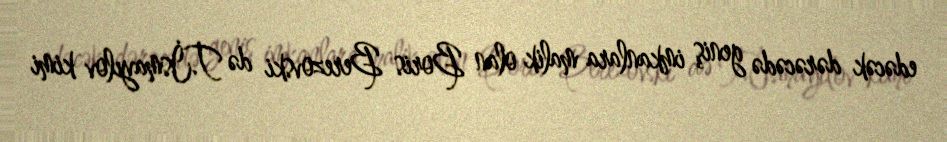
edəcək dərəcədə geniş imkanlara malik olan Boris Berezovski də T.İsmayılov kimi